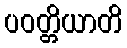
ပဝတ္တိယာတိ